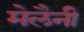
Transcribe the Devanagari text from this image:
मेलैनी